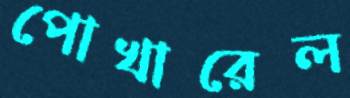
পোখারেল